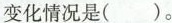
变化情况是( )。